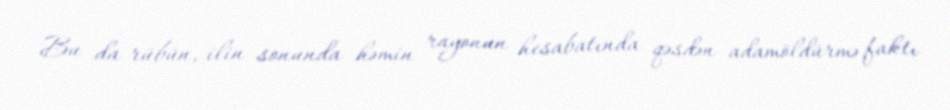
Bu da rübün, ilin sonunda həmin rayonun hesabatında qəsdən adamöldürmə faktı